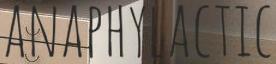
ANAPHYLACTIC